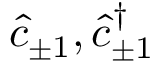
\hat { c } _ { \pm 1 } , \hat { c } _ { \pm 1 } ^ { \dag }